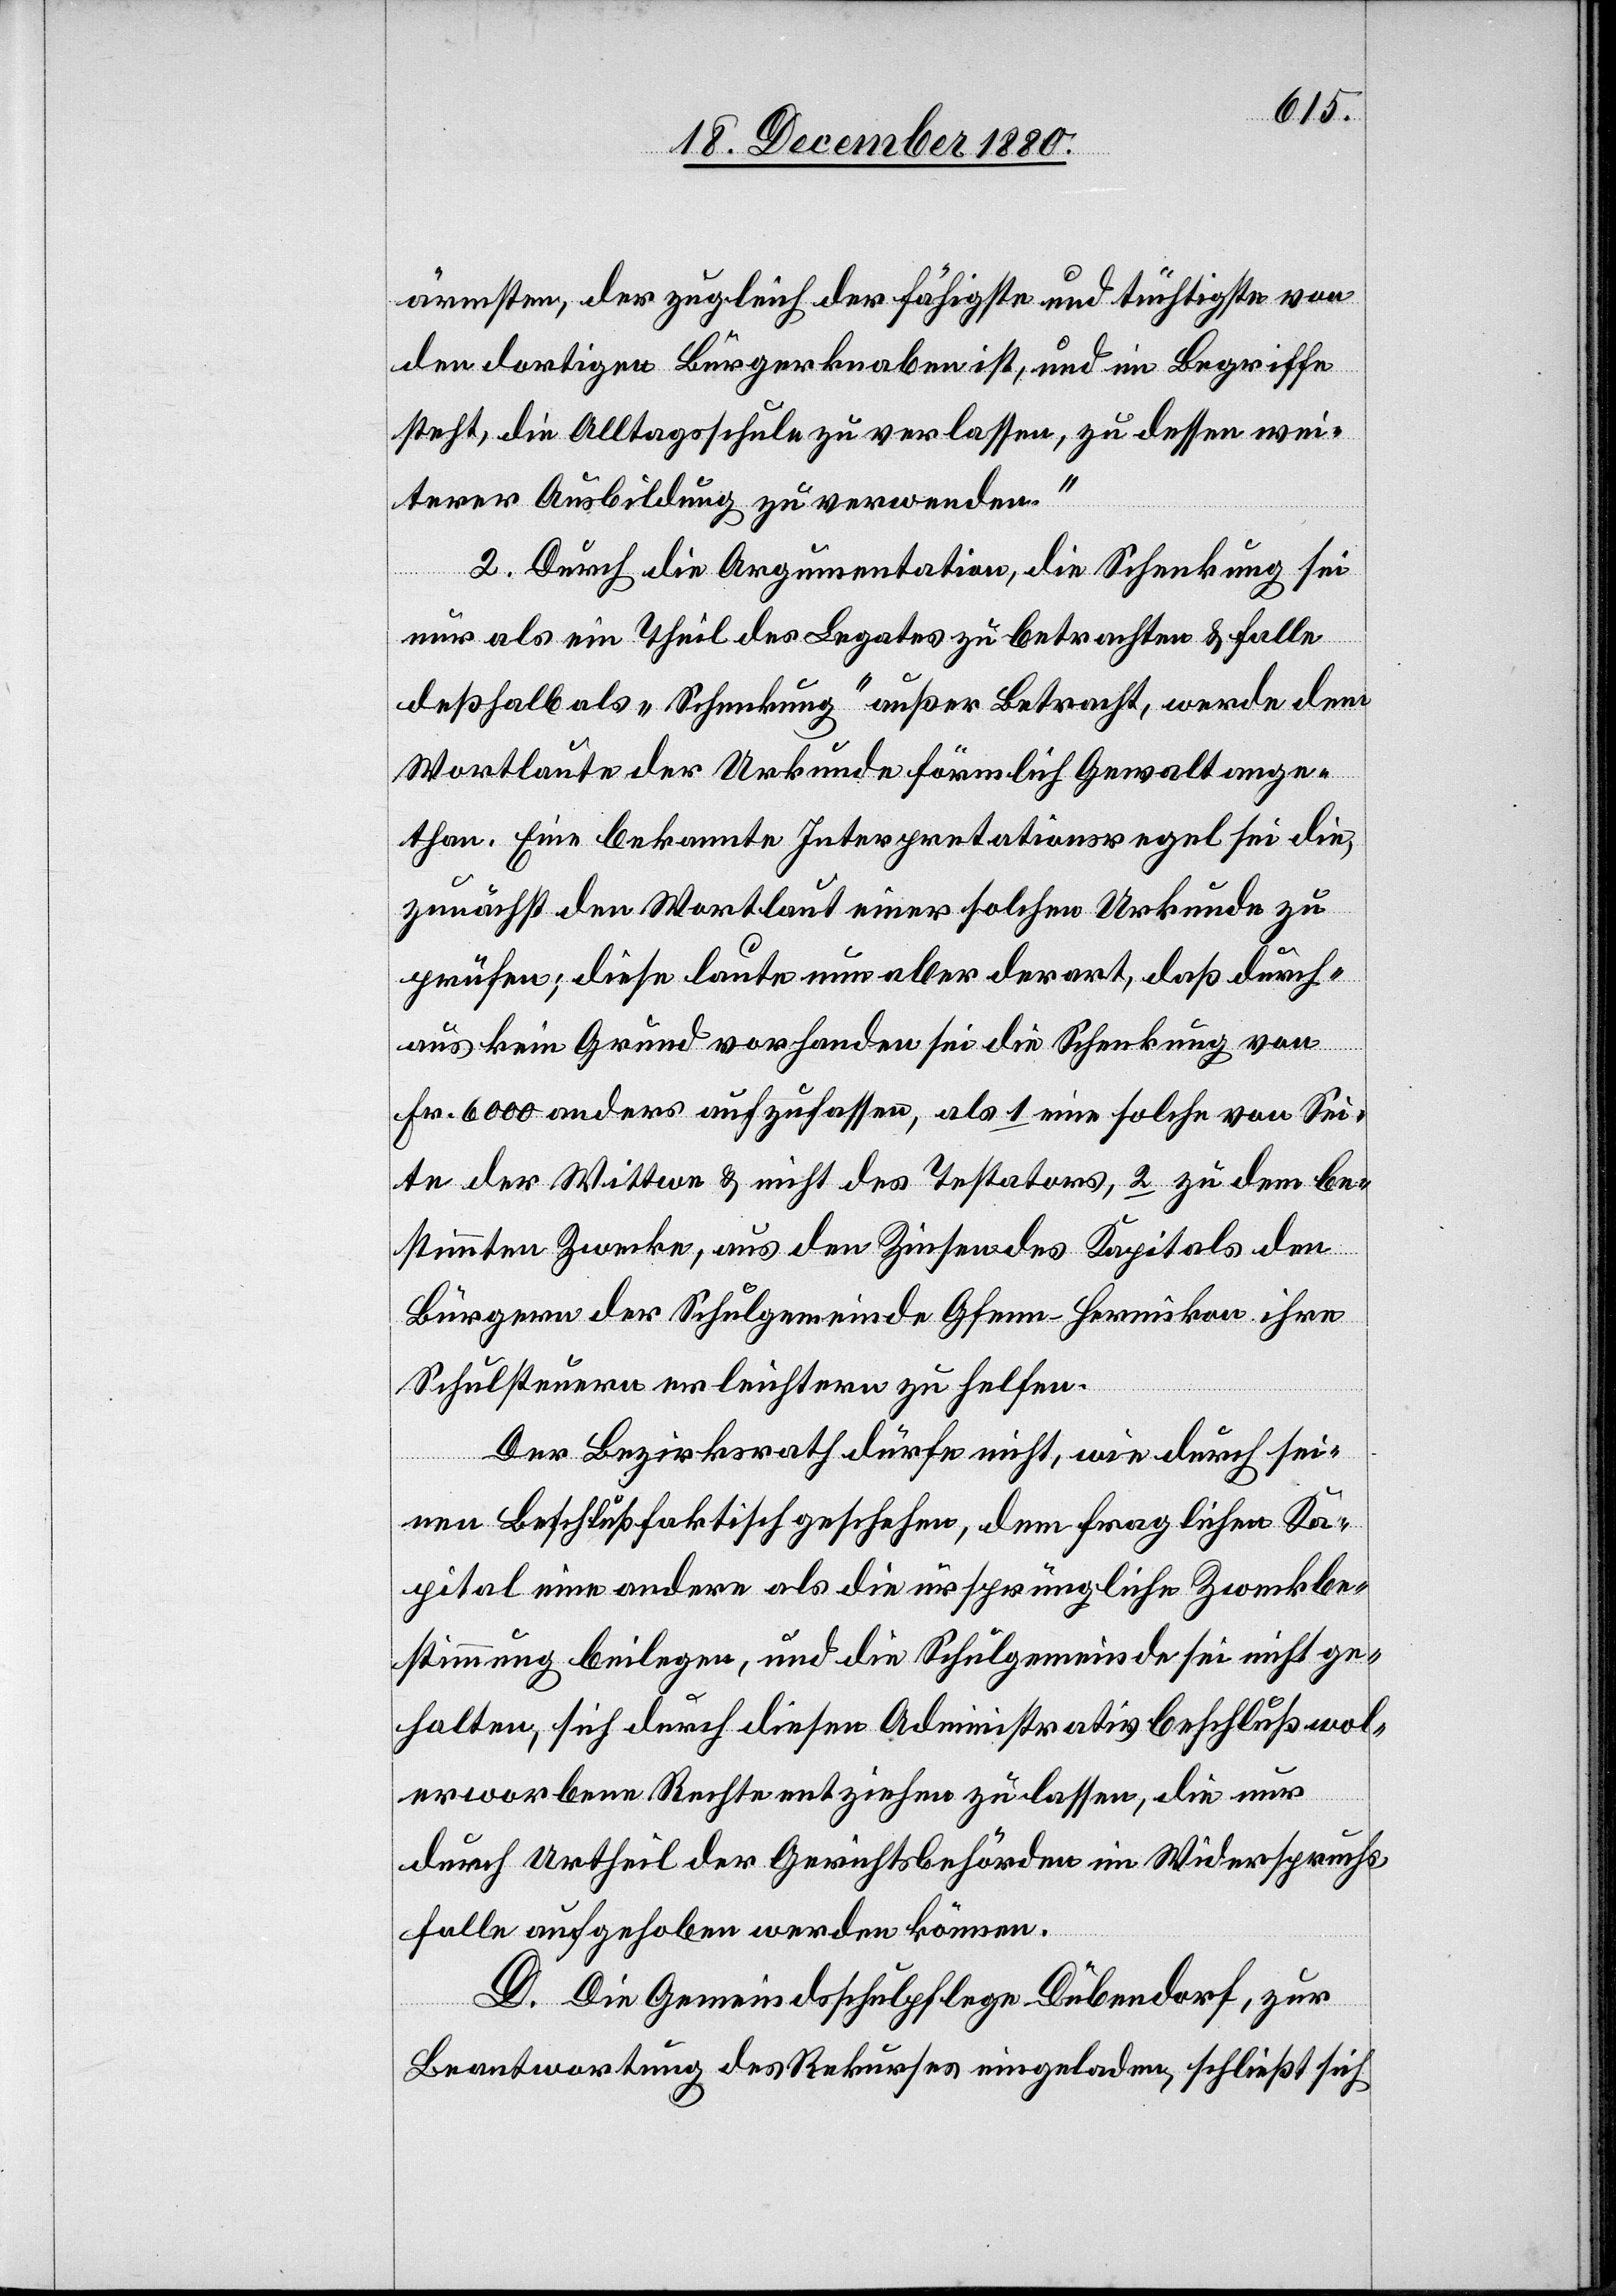
ärmsten, der zugleich der fähigste und tüchtigste von
den dortigen Bürgerknaben ist, und im Begriffe
steht, die Alltagsschule zu verlassen, zu dessen wei¬
terer Ausbildung zu verwenden.
2. Durch die Argumentation, die Schenkung sei
nur als ein Theil des Legates zu betrachten & falle
deßhalb als „Schenkung“ außer Betracht, werde dem
Wortlaute der Urkunde förmlich Gewalt ange¬
than. Eine bekannte Interpretationsregel sei die,
zunächst den Wortlaut einer solchen Urkunde zu
prüfen; diese laute nun aber derart, daß durch¬
aus kein Grund vorhanden sei die Schenkung von
Fr. 6000 anders aufzufassen, als 1 eine solche von Sei¬
te der Wittwe & nicht des Testators, 2 zu dem be¬
stimmten Zwecke, aus den Zinsen des Kapitals den
Bürgern der Schulgemeinde Gfenn - Hermikon ihre
Schulsteuern erleichtern zu helfen.
Der Bezirksrath dürfe nicht, wie durch sei¬
nen Beschluß faktisch geschehen, dem fraglichen Ka¬
pital eine andere als die ursprüngliche Zweckbe¬
stimmung beilegen, und die Schulgemeinde sei nicht ge¬
halten, sich durch diesen Administrativbeschluß wol¬
erworbene Rechte entziehen zu lassen, die nur
durch Urtheil der Gerichtsbehörden im Widerspruchs¬
falle aufgehoben werden können.
D. Die Gemeindsschulpflege Dübendorf, zur
Beantwortung des Rekurses eingeladen, schließt sich